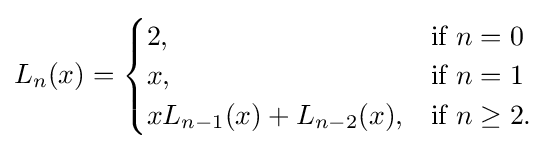
L_{n}(x)={\begin{cases}2,&{\mbox{if }}n=0\\x,&{\mbox{if }}n=1\\xL_{n-1}(x)+L_{n-2}(x),&{\mbox{if }}n\geq 2.\end{cases}}